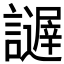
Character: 𧭋